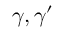
\gamma , \gamma ^ { \prime }